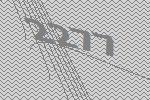
2277